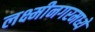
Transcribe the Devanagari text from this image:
लक्ष्मीनगरमध्ये